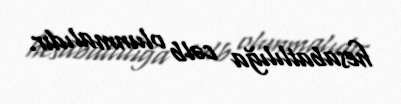
hesabatlılığa cəlb olunmalıdır.